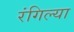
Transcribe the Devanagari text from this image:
रंगिल्या